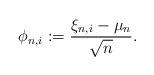
LaTeX: \begin{align*}\phi_{n,i} := \frac{\xi_{n,i} - \mu_n}{\sqrt{n}}.\end{align*}